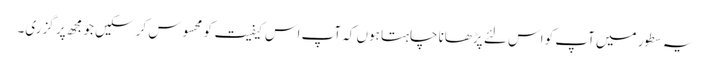
یہ سطور میں آپ کو اس لئے پڑھانا چاہتا ہوں کہ آپ اس کیفیت کو محسوس کر سکیں جو مجھ پر گزری۔